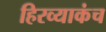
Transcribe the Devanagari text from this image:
हिरव्याकंच